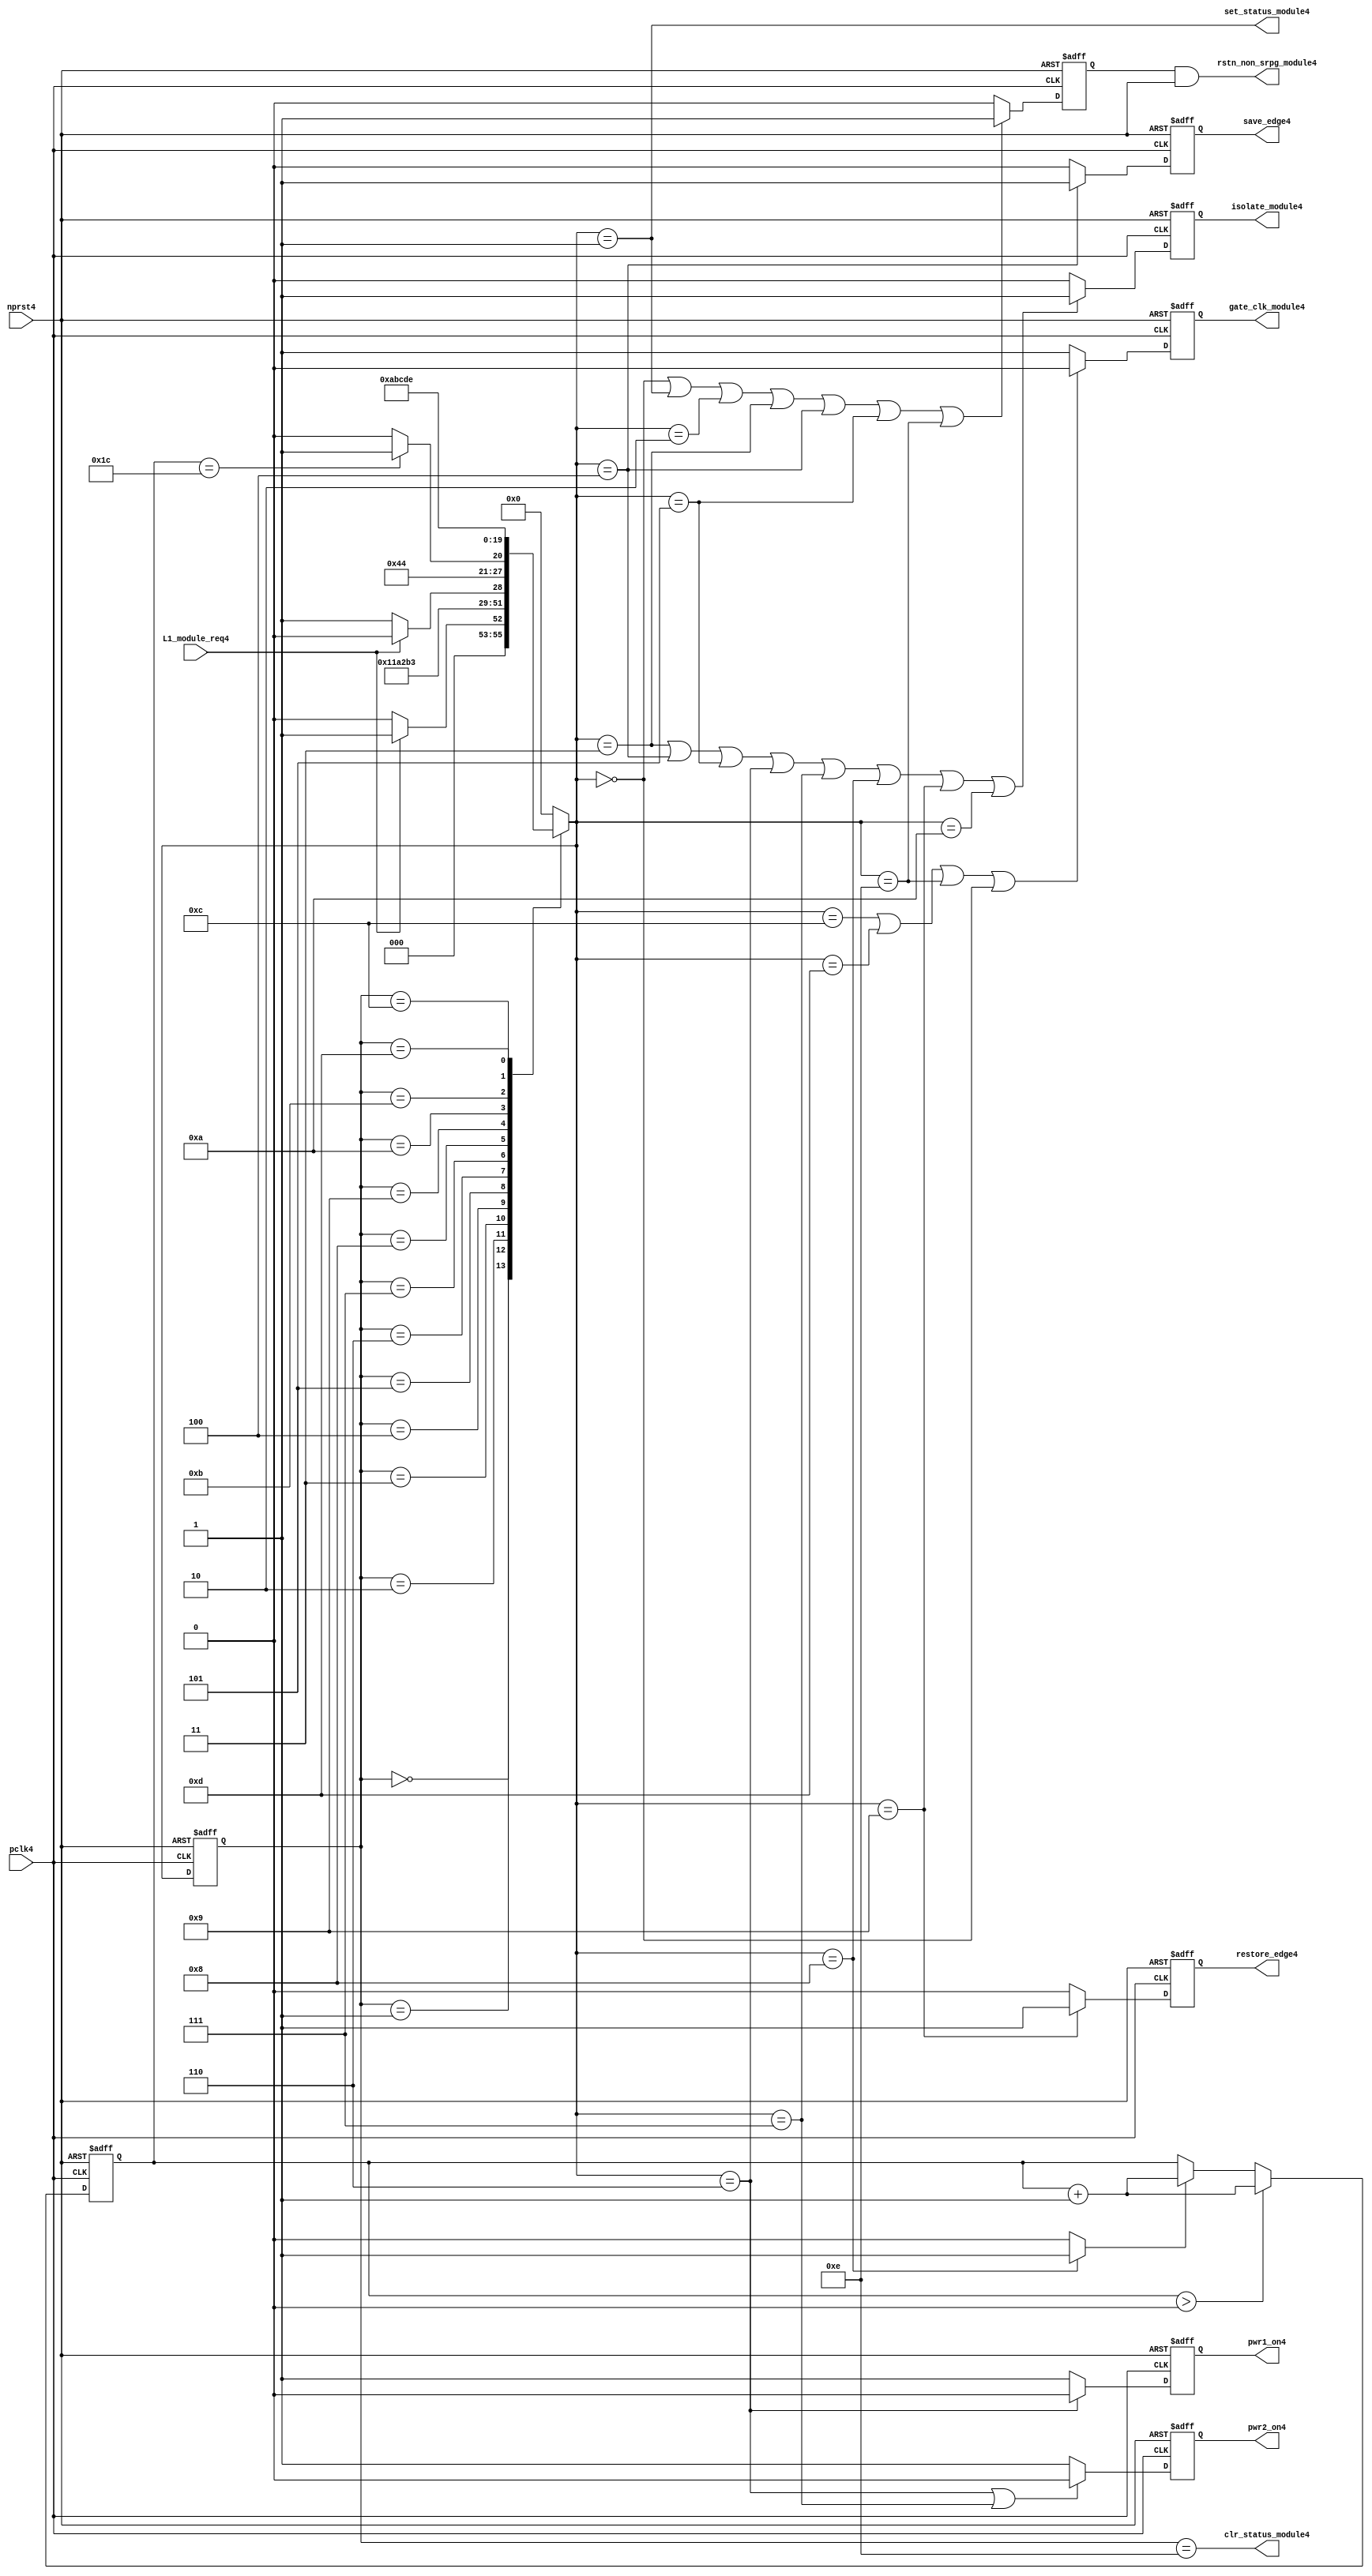
//File4 name   : power_ctrl_sm4.v
//Title4       : Power4 Controller4 state machine4
//Created4     : 1999
//Description4 : State4 machine4 of power4 controller4
//Notes4       : 
//----------------------------------------------------------------------
//   Copyright4 1999-2010 Cadence4 Design4 Systems4, Inc4.
//   All Rights4 Reserved4 Worldwide4
//
//   Licensed4 under the Apache4 License4, Version4 2.0 (the
//   "License4"); you may not use this file except4 in
//   compliance4 with the License4.  You may obtain4 a copy of
//   the License4 at
//
//       http4://www4.apache4.org4/licenses4/LICENSE4-2.0
//
//   Unless4 required4 by applicable4 law4 or agreed4 to in
//   writing, software4 distributed4 under the License4 is
//   distributed4 on an "AS4 IS4" BASIS4, WITHOUT4 WARRANTIES4 OR4
//   CONDITIONS4 OF4 ANY4 KIND4, either4 express4 or implied4.  See
//   the License4 for the specific4 language4 governing4
//   permissions4 and limitations4 under the License4.
//----------------------------------------------------------------------
module power_ctrl_sm4 (

    // Clocks4 & Reset4
    pclk4,
    nprst4,

    // Register Control4 inputs4
    L1_module_req4,
    set_status_module4,
    clr_status_module4,

    // Module4 control4 outputs4
    rstn_non_srpg_module4,
    gate_clk_module4,
    isolate_module4,
    save_edge4,
    restore_edge4,
    pwr1_on4,
    pwr2_on4

);

input    pclk4;
input    nprst4;

input    L1_module_req4;
output   set_status_module4;
output   clr_status_module4;
    
output   rstn_non_srpg_module4;
output   gate_clk_module4;
output   isolate_module4;
output   pwr1_on4;
output   pwr2_on4;
output save_edge4;
output restore_edge4;

wire    set_status_module4;
wire    clr_status_module4;

wire    rstn_non_srpg_module4;
reg     gate_clk_module4;
reg     isolate_module4;
reg     pwr1_on4;
reg     pwr2_on4;

reg save_edge4;

reg restore_edge4;
   
// FSM4 state
reg  [3:0] currentState4, nextState4;
reg     rstn_non_srpg4;
reg [4:0] trans_cnt4;

parameter Init4 = 0; 
parameter Clk_off4 = 1; 
parameter Wait14 = 2; 
parameter Isolate4 = 3; 
parameter Save_edge4 = 4; 
parameter Pre_pwr_off4 = 5; 
parameter Pwr_off4 = 6; 
parameter Pwr_on14 = 7; 
parameter Pwr_on24 = 8; 
parameter Restore_edge4 = 9; 
parameter Wait24 = 10; 
parameter De_isolate4 = 11; 
parameter Clk_on4 = 12; 
parameter Wait34 = 13; 
parameter Rst_clr4 = 14;


// Power4 Shut4 Off4 State4 Machine4

// FSM4 combinational4 process
always @  (*)
  begin
    case (currentState4)

      // Commence4 PSO4 once4 the L14 req bit is set.
      Init4:
        if (L1_module_req4 == 1'b1)
          nextState4 = Clk_off4;         // Gate4 the module's clocks4 off4
        else
          nextState4 = Init4;            // Keep4 waiting4 in Init4 state
        
      Clk_off4 :
        nextState4 = Wait14;             // Wait4 for one cycle
 
      Wait14  :                         // Wait4 for clk4 gating4 to take4 effect
        nextState4 = Isolate4;           // Start4 the isolation4 process
          
      Isolate4 :
        nextState4 = Save_edge4;
        
      Save_edge4 :
        nextState4 = Pre_pwr_off4;

      Pre_pwr_off4 :
        nextState4 = Pwr_off4;
      // Exit4 PSO4 once4 the L14 req bit is clear.

      Pwr_off4 :
        if (L1_module_req4 == 1'b0)
          nextState4 = Pwr_on14;         // Resume4 power4 if the L1_module_req4 bit is cleared4
        else
          nextState4 = Pwr_off4;         // Wait4 until the L1_module_req4 bit is cleared4
        
      Pwr_on14 :
        nextState4 = Pwr_on24;
          
      Pwr_on24 :
        if(trans_cnt4 == 5'd28)
          nextState4 = Restore_edge4;
        else 
          nextState4 = Pwr_on24;
          
      Restore_edge4 :
        nextState4 = Wait24;

      Wait24 :
        nextState4 = De_isolate4;
          
      De_isolate4 :
        nextState4 = Clk_on4;
          
      Clk_on4 :
        nextState4 = Wait34;
          
      Wait34  :                         // Wait4 for clock4 to resume
        nextState4 = Rst_clr4 ;     
 
      Rst_clr4 :
        nextState4 = Init4;
        
      default  :                       // Catch4 all
        nextState4 = Init4; 
        
    endcase
  end


  // Signals4 Sequential4 process - gate_clk_module4
always @ (posedge pclk4 or negedge nprst4)
  begin
    if (~nprst4)
      gate_clk_module4 <= 1'b0;
    else 
      if (nextState4 == Clk_on4 | nextState4 == Wait34 | nextState4 == Rst_clr4 | 
          nextState4 == Init4)
          gate_clk_module4 <= 1'b0;
      else
          gate_clk_module4 <= 1'b1;
  end

// Signals4 Sequential4 process - rstn_non_srpg4
always @ (posedge pclk4 or negedge nprst4)
  begin
    if (~nprst4)
      rstn_non_srpg4 <= 1'b0;
    else
      if ( nextState4 == Init4 | nextState4 == Clk_off4 | nextState4 == Wait14 | 
           nextState4 == Isolate4 | nextState4 == Save_edge4 | nextState4 == Pre_pwr_off4 | nextState4 == Rst_clr4)
        rstn_non_srpg4 <= 1'b1;
      else
        rstn_non_srpg4 <= 1'b0;
   end


// Signals4 Sequential4 process - pwr1_on4 & pwr2_on4
always @ (posedge pclk4 or negedge nprst4)
  begin
    if (~nprst4)
      pwr1_on4 <=  1'b1;  // power4 gates4 1 & 2 are on
    else
      if (nextState4 == Pwr_off4 )
        pwr1_on4 <= 1'b0;  // shut4 off4 both power4 gates4 1 & 2
      else
        pwr1_on4 <= 1'b1;
  end


// Signals4 Sequential4 process - pwr1_on4 & pwr2_on4
always @ (posedge pclk4 or negedge nprst4)
  begin
    if (~nprst4)
       pwr2_on4 <= 1'b1;      // power4 gates4 1 & 2 are on
    else
      if (nextState4 == Pwr_off4 | nextState4 == Pwr_on14)
        pwr2_on4 <= 1'b0;     // shut4 off4 both power4 gates4 1 & 2
      else
        pwr2_on4 <= 1'b1;
   end


// Signals4 Sequential4 process - isolate_module4 
always @ (posedge pclk4 or negedge nprst4)
  begin
    if (~nprst4)
        isolate_module4 <= 1'b0;
    else
      if (nextState4 == Isolate4 | nextState4 == Save_edge4 | nextState4 == Pre_pwr_off4 |  nextState4 == Pwr_off4 | nextState4 == Pwr_on14 |
          nextState4 == Pwr_on24 | nextState4 == Restore_edge4 | nextState4 == Wait24)
         isolate_module4 <= 1'b1;       // Activate4 the isolate4 and retain4 signals4
      else
         isolate_module4 <= 1'b0;        
   end    

// enabling save edge
always @ (posedge pclk4 or negedge nprst4)
  begin
    if (~nprst4)
        save_edge4 <= 1'b0;
    else
      if (nextState4 == Save_edge4 )
         save_edge4 <= 1'b1;       // Activate4 the isolate4 and retain4 signals4
      else
         save_edge4 <= 1'b0;        
   end    
// stabilising4 count
wire restore_change4;
assign restore_change4 = (nextState4 == Pwr_on24) ? 1'b1: 1'b0;

always @ (posedge pclk4 or negedge nprst4)
  begin
    if (~nprst4)
      trans_cnt4 <= 0;
    else if (trans_cnt4 > 0)
      trans_cnt4  <= trans_cnt4 + 1;
    else if (restore_change4)
      trans_cnt4  <= trans_cnt4 + 1;
  end

// enabling restore4 edge
always @ (posedge pclk4 or negedge nprst4)
  begin
    if (~nprst4)
        restore_edge4 <= 1'b0;
    else
      if (nextState4 == Restore_edge4)
         restore_edge4 <= 1'b1;       // Activate4 the isolate4 and retain4 signals4
      else
         restore_edge4 <= 1'b0;        
   end    


// FSM4 Sequential4 process
always @ (posedge pclk4 or negedge nprst4)
  begin
    if (~nprst4)
      currentState4 <= Init4;
    else
      currentState4 <= nextState4;
  end


// Reset4 for non-SRPG4 FFs4 is a combination4 of the nprst4 and the reset during PSO4
assign  rstn_non_srpg_module4 = rstn_non_srpg4 & nprst4;

assign  set_status_module4 = (nextState4 == Clk_off4);    // Set the L14 status bit  
assign  clr_status_module4 = (currentState4 == Rst_clr4); // Clear the L14 status bit  
  

`ifdef LP_ABV_ON4

// psl4 default clock4 = (posedge pclk4);

// Never4 have the set and clear status signals4 both set
// psl4 output_no_set_and_clear4 : assert never {set_status_module4 & clr_status_module4};



// Isolate4 signal4 should become4 active on the 
// Next4 clock4 after Gate4 signal4 is activated4
// psl4 output_pd_seq4:
//    assert always
//	  {rose4(gate_clk_module4)} |=> {[*1]; {rose4(isolate_module4)} }
//    abort4(~nprst4);
//
//
//
// Reset4 signal4 for Non4-SRPG4 FFs4 and POWER4 signal4 for
// SMC4 should become4 LOW4 on clock4 cycle after Isolate4 
// signal4 is activated4
// psl4 output_pd_seq_stg_24:
//    assert always
//    {rose4(isolate_module4)} |=>
//    {[*2]; {{fell4(rstn_non_srpg_module4)} && {fell4(pwr1_on4)}} }
//    abort4(~nprst4);
//
//
// Whenever4 pwr1_on4 goes4 to LOW4 pwr2_on4 should also go4 to LOW4
// psl4 output_pwr2_low4:
//    assert always
//    { fell4(pwr1_on4) } |->  { fell4(pwr2_on4) }
//    abort4(~nprst4);
//
//
// Whenever4 pwr1_on4 becomes HIGH4 , On4 Next4 clock4 cycle pwr2_on4
// should also become4 HIGH4
// psl4 output_pwr2_high4:
//    assert always
//    { rose4(pwr1_on4) } |=>  { (pwr2_on4) }
//    abort4(~nprst4);
//
`endif


endmodule